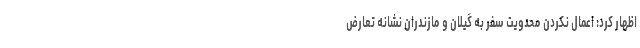
اظهار کرد: اعمال نکردن محدویت سفر به گیلان و مازندران نشانه تعارض